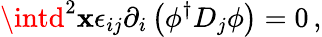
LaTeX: \intd^{2}\mathbf{x}\epsilon_{ij}\partial_{i}\left(\phi^{\dagger}D_{j}\phi\right)=0\, ,